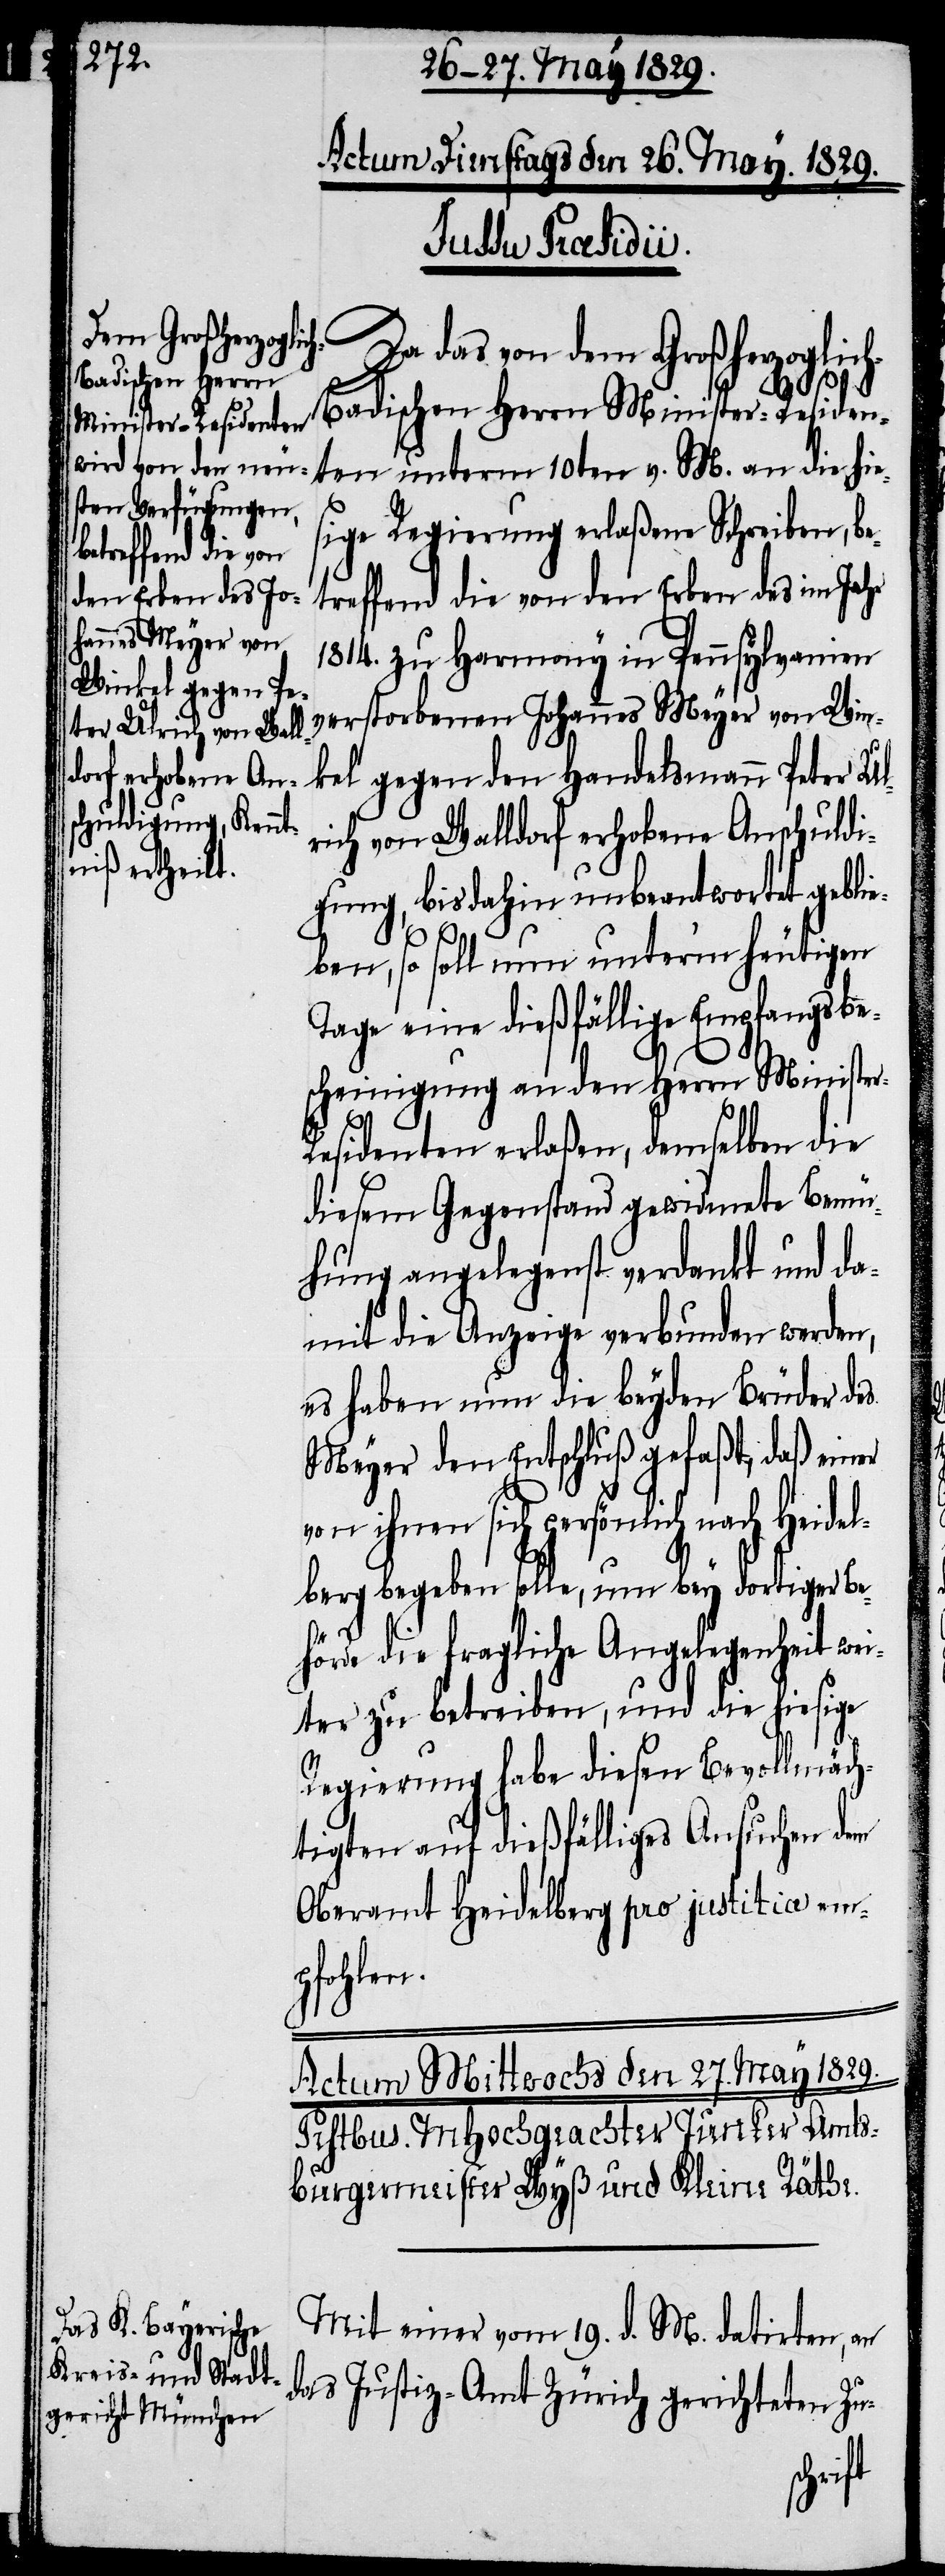
r-R¬

Actum Dienstags den 26. May 1829.
Jussu Praesidii.
Da das von dem Großherzoglic¬
h-Badischen Herrn Minister-Residen¬
ten unterm 10ten v. M. an die hie¬
sige Regierung erlaßene Schreiben, be¬
treffend die von den Erben des im Jahr
1814. zu Harmony in Pennsylvanien
verstorbenen Johannes Meyer von Win¬
kel gegen den Handelsmann Peter Ul¬
rich von Walldorf erhobene Anschuldi¬
gung, bisdahin unbeantwortet geblie¬
ben, so soll nun unter’m heutigen
Tage eine dießfällige Empfangsbe¬
scheinigung an den Herrn Ministe¬
esidenten erlaßen, demselben die
diesem Gegenstand gewidmete Bemü¬
hung angelegenst verdankt und da¬
mit die Anzeige verbunden werden,
es haben nun die beyden Brüder des
Meyer den Entschluß gefaßt, daß einer
von ihnen sich persönlich nach Heidel¬
berg begeben solle, um bey dortiger Be¬
hörde die fragliche Angelegenheit we¬
iter zu betreiben, und die hiesige
Regierung habe diesen Bevollmäch¬
tigten auf dießfälliges Ansuchen dem
Oberamt Heidelberg pro justitia em¬
pfohlen.
Mit einer vom 19. d. M. datirten, an
das Justiz-Amt Zürich gerichteten Zu-